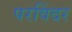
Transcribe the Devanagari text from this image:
परविंदर